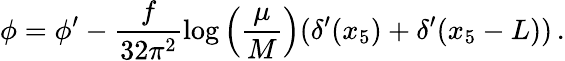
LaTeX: \phi=\phi^{\prime}-\frac{f}{32\pi^{2}}\log\left(\frac{\mu}{M}\right)(\delta^{\prime}(x_{5})+\delta^{\prime}(x_{5}-L))\, .